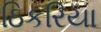
ઠિકરિયા